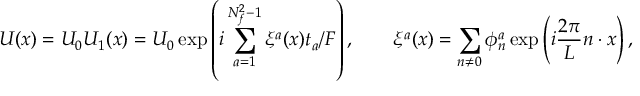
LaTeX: U ( x ) = U _ { 0 } U _ { 1 } ( x ) = U _ { 0 } \exp \left( i \sum _ { a = 1 } ^ { N _ { f } ^ { 2 } - 1 } \xi ^ { a } ( x ) t _ { a } / F \right) , \qquad \xi ^ { a } ( x ) = \sum _ { n \neq 0 } \phi _ { n } ^ { a } \exp \left( i \frac { 2 \pi } { L } n \cdot x \right) ,